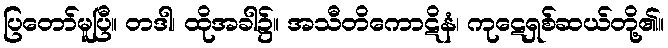
ပြတော်မူပြီ။ တဒါ၊ ထိုအခါ၌။ အသီတိကောဋိနံ၊ ကုဋေရှစ်ဆယ်တို့၏။